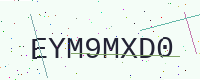
Text: EYM9MXD0